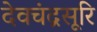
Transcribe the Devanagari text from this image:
देवचंद्रसूरि